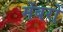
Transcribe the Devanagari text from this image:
मेंबरों